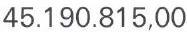
45.190.815,00